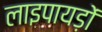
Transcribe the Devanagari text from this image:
लाइपायड़ों